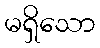
မရှိသော